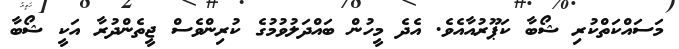
މަސައްކަތްކުރި ޝޯބާ ކަޕޫރުއާއެވެ. އެދެ މީހުން ބައްދަލުވުމުގެ ކުރިންވެސް ޖީތެންދުރާ އަކީ ޝޯބާ